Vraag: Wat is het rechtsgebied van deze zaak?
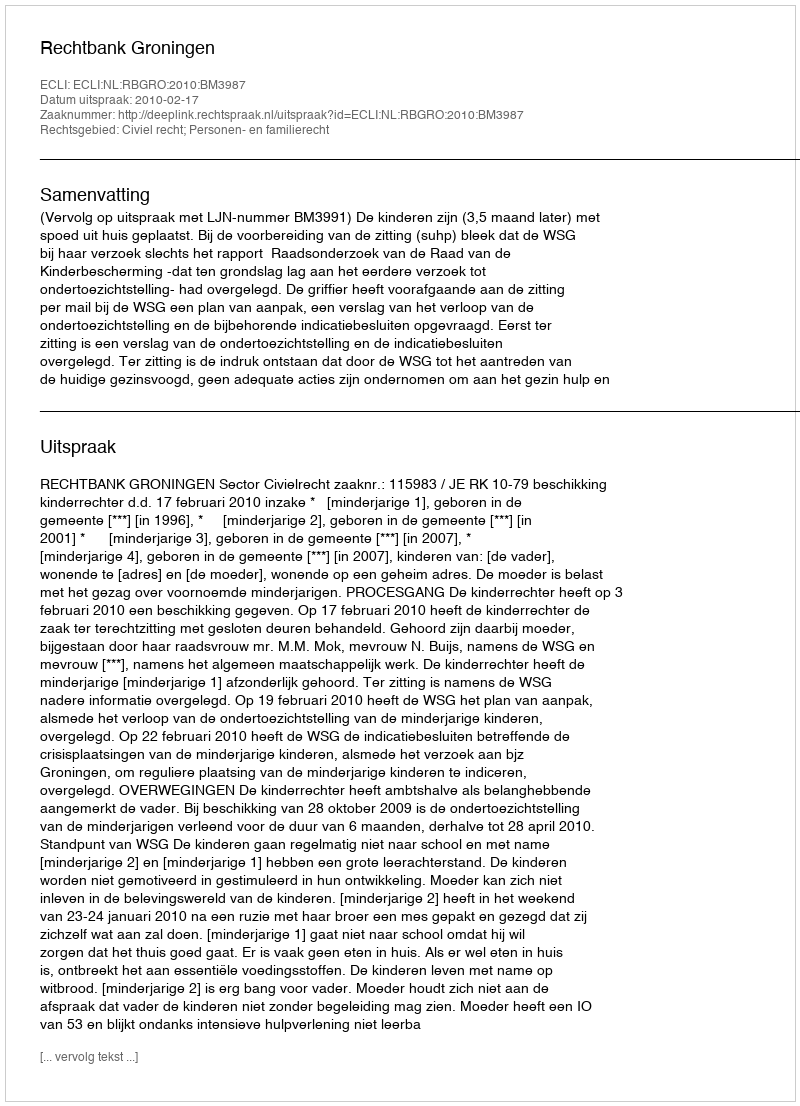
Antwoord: Civiel recht; Personen- en familierecht